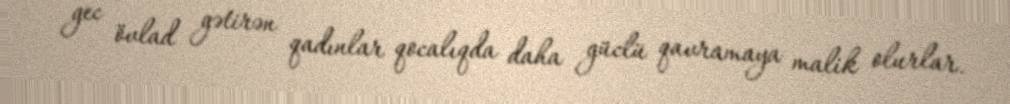
gec övlad gətirən qadınlar qocalıqda daha güclü qavramaya malik olurlar.